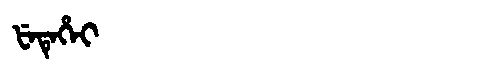
Manchu: ᡶᡝᡨᡝᡥᡝᡳ
Romanization: FETEHEI